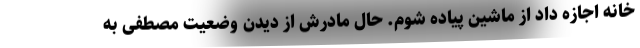
خانه اجازه داد از ماشین پیاده شوم. حال مادرش از دیدن وضعیت مصطفی به